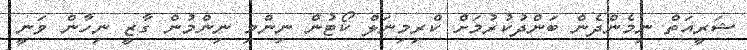
ޝަރީއަތް ނިމެންދެން ބަންދުކުރުމަށް ކްރިމިނަލް ކޯޓުން ނިންމި ނިންމުން ގާޒީ ނިހާން ވަނީ